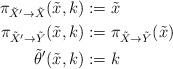
LaTeX: \begin{align*}\pi_{\tilde X' \to \tilde X}(\tilde x, k) &:= \tilde x\\\pi_{\tilde X' \to \tilde Y}(\tilde x, k) &:= \pi_{\tilde X \to \tilde Y}(\tilde x) \\\tilde \theta'(\tilde x, k) &:= k\end{align*}